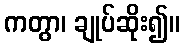
ကတွာ၊ ချုပ်ဆိုး၍။